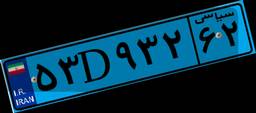
۵۳D۹۳۲۶۲